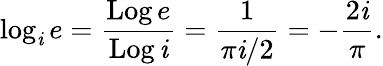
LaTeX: \log_{\mathit{i}}e={\frac{{\operatorname{Log}e}}{{\operatorname{Log}\mathit{i}}}}={\frac{{1}}{{\pi\mathit{i}/2}}}=-{\frac{{2\mathit{i}}}{{\pi}}}.